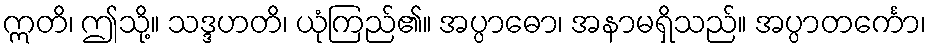
ဣတိ၊ ဤသို့။ သဒ္ဒဟတိ၊ ယုံကြည်၏။ အပ္ပာဓော၊ အနာမရှိသည်။ အပ္ပာတင်္ကော၊